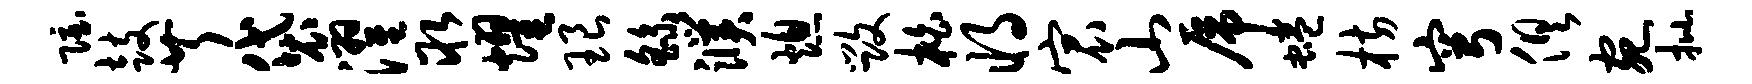
隐鼓芹袋濯取耀琅繇濮熄毁柏将宸山虎蜷枋穹俱宛批